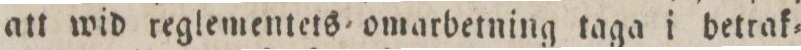
att wid reglementets omarbetning taga i betrak=